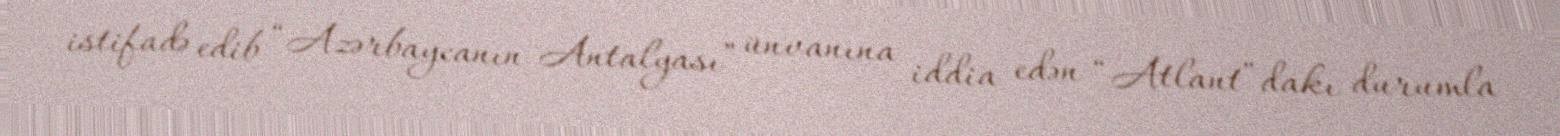
istifadə edib “Azərbaycanın Antalyası” ünvanına iddia edən “Atlant”dakı durumla